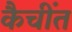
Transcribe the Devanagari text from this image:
कैचींत